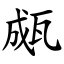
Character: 㼩